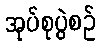
အုပ်စုပွဲစဉ်